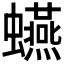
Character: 𧔦